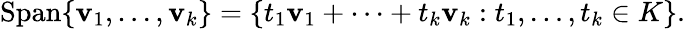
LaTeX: {\mathrm{Span}}\{ \mathbf{v}_{1},\ldots,\mathbf{v}_{k}\} =\left\{ t_{1}\mathbf{v}_{1}+\cdots+t_{k}\mathbf{v}_{k}:t_{1},\ldots,t_{k}\in K\right\} .